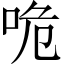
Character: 𠱓